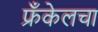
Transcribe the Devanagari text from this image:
फ्रँकेलचा